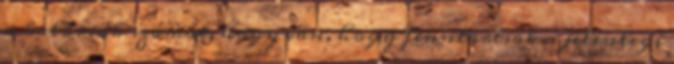
a kalóriák számát, hogy van, hogy fenntartsák a jelenlegi